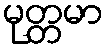
မုတ္တမာ